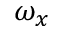
\omega _ { x }